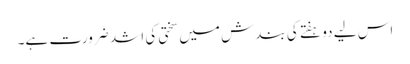
اس لیے دو ہفتے کی بندش میں سختی کی اشد ضرورت ہے۔